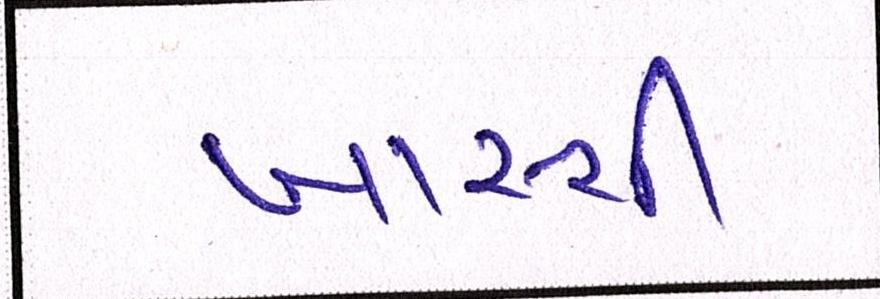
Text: ખાસ્સી